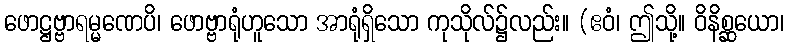
ဖောဋ္ဌဗ္ဗာရမ္မဏေပိ၊ ဖောဗ္ဗာရုံဟူသော အာရုံရှိသော ကုသိုလ်၌လည်း။ (ဧဝံ၊ ဤသို့။ ဝိနိစ္ဆယော၊